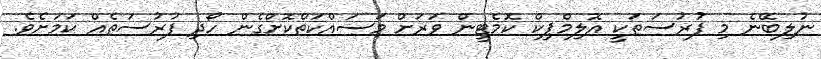
ނުލިބޭނެ މި ފުރުސަތަކީ އޮލިމްޕިކް ކޮމެޓީން ވަރަށް މަސައްކަތްކޮށްގެން ހޯދި ފުރުސަތެއް ކަމަށެވެ.